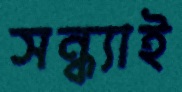
সন্ধ্যাই